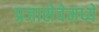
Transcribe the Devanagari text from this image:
प्रजासेवेमध्ये